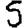
Digit: 5